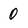
Character: 0